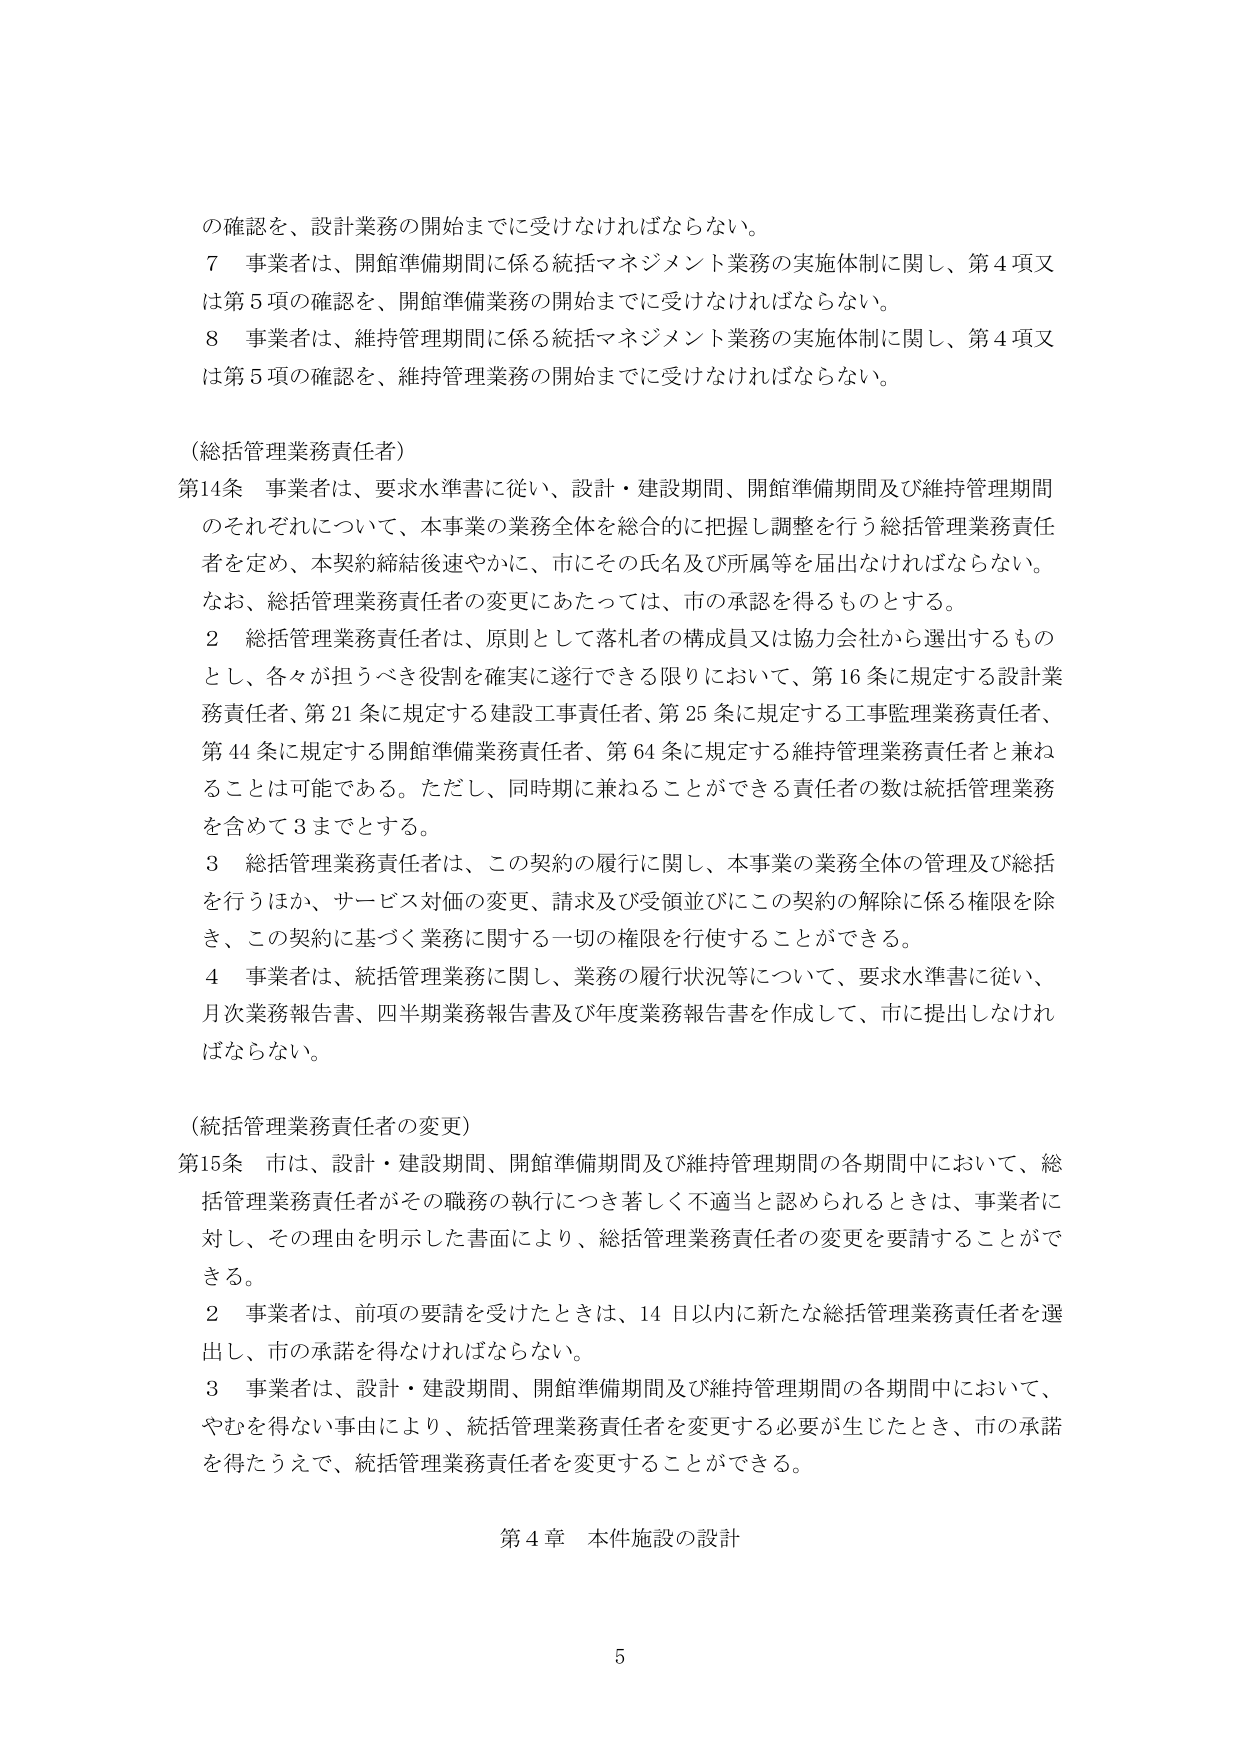
の確認を、設計業務の開始までに受けなければならない。

７ 事業者は、開館準備期間に係る統括マネジメント業務の実施体制に関し、第４項又は第５項の確認を、開館準備業務の開始までに受けなければならない。

８ 事業者は、維持管理期間に係る統括マネジメント業務の実施体制に関し、第４項又は第５項の確認を、維持管理業務の開始までに受けなければならない。

（総括管理業務責任者）

第14条 事業者は、要求水準書に従い、設計・建設期間、開館準備期間及び維持管理期間のそれぞれについて、本事業の業務全体を総合的に把握し調整を行う総括管理業務責任者を定め、本契約締結後速やかに、市にその氏名及び所属等を届出なければならない。なお、総括管理業務責任者の変更にあたっては、市の承認を得るものとする。

２ 総括管理業務責任者は、原則として落札者の構成員又は協力会社から選出するものとし、各々が担うべき役割を確実に遂行できる限りにおいて、第16条に規定する設計業務責任者、第21条に規定する建設工事責任者、第25条に規定する工事監理業務責任者、第44条に規定する開館準備業務責任者、第64条に規定する維持管理業務責任者と兼ねることは可能である。ただし、同時期に兼ねることができる責任者の数は総括管理業務を含めて３までとする。

３ 総括管理業務責任者は、この契約の履行に関し、本事業の業務全体の管理及び総括を行うほか、サービス対価の変更、請求及び受領並びにこの契約の解除に係る権限を除き、この契約に基づく業務に関する一切の権限を行使することができる。

４ 事業者は、統括管理業務に関し、業務の履行状況等について、要求水準書に従い、月次業務報告書、四半期業務報告書及び年度業務報告書を作成して、市に提出しなければならない。

（統括管理業務責任者の変更）

第15条 市は、設計・建設期間、開館準備期間及び維持管理期間の各期間中において、総括管理業務責任者がその職務の執行につき著しく不適当と認められるときは、事業者に対し、その理由を明示した書面により、総括管理業務責任者の変更を要請することができる。

２ 事業者は、前項の要請を受けたときは、14日以内に新たな総括管理業務責任者を選出し、市の承諾を得なければならない。

３ 事業者は、設計・建設期間、開館準備期間及び維持管理期間の各期間中において、やむを得ない事由により、総括管理業務責任者を変更する必要が生じたとき、市の承諾を得たうえで、総括管理業務責任者を変更することができる。

第4章 本件施設の設計

5